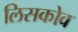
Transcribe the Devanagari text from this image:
लिसकोव